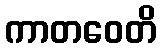
ကာတဝေတိ